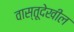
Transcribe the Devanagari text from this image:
वास्तूदेखील